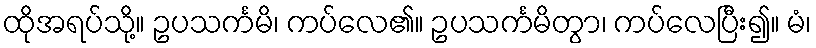
ထိုအရပ်သို့။ ဥပသင်္ကမိ၊ ကပ်လေ၏။ ဥပသင်္ကမိတွာ၊ ကပ်လေပြီး၍။ မံ၊